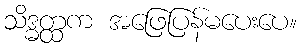
သိဒ္ဓတ္ထက အဖြေပြန်မပေးပေ။